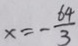
x = - \frac { 6 4 } { 3 }